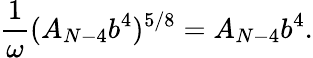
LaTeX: \frac{1}{\omega}(A_{N-4}b^{4})^{5/8}=A_{N-4}b^{4}.